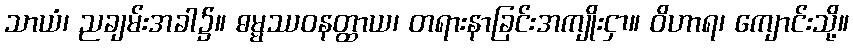
သာယံ၊ ညချမ်းအခါ၌။ ဓမ္မဿဝနတ္ထာယ၊ တရားနာခြင်းအကျိုးငှာ။ ဝိဟာရ၊ ကျောင်းသို့။